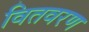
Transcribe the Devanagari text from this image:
वितवरण